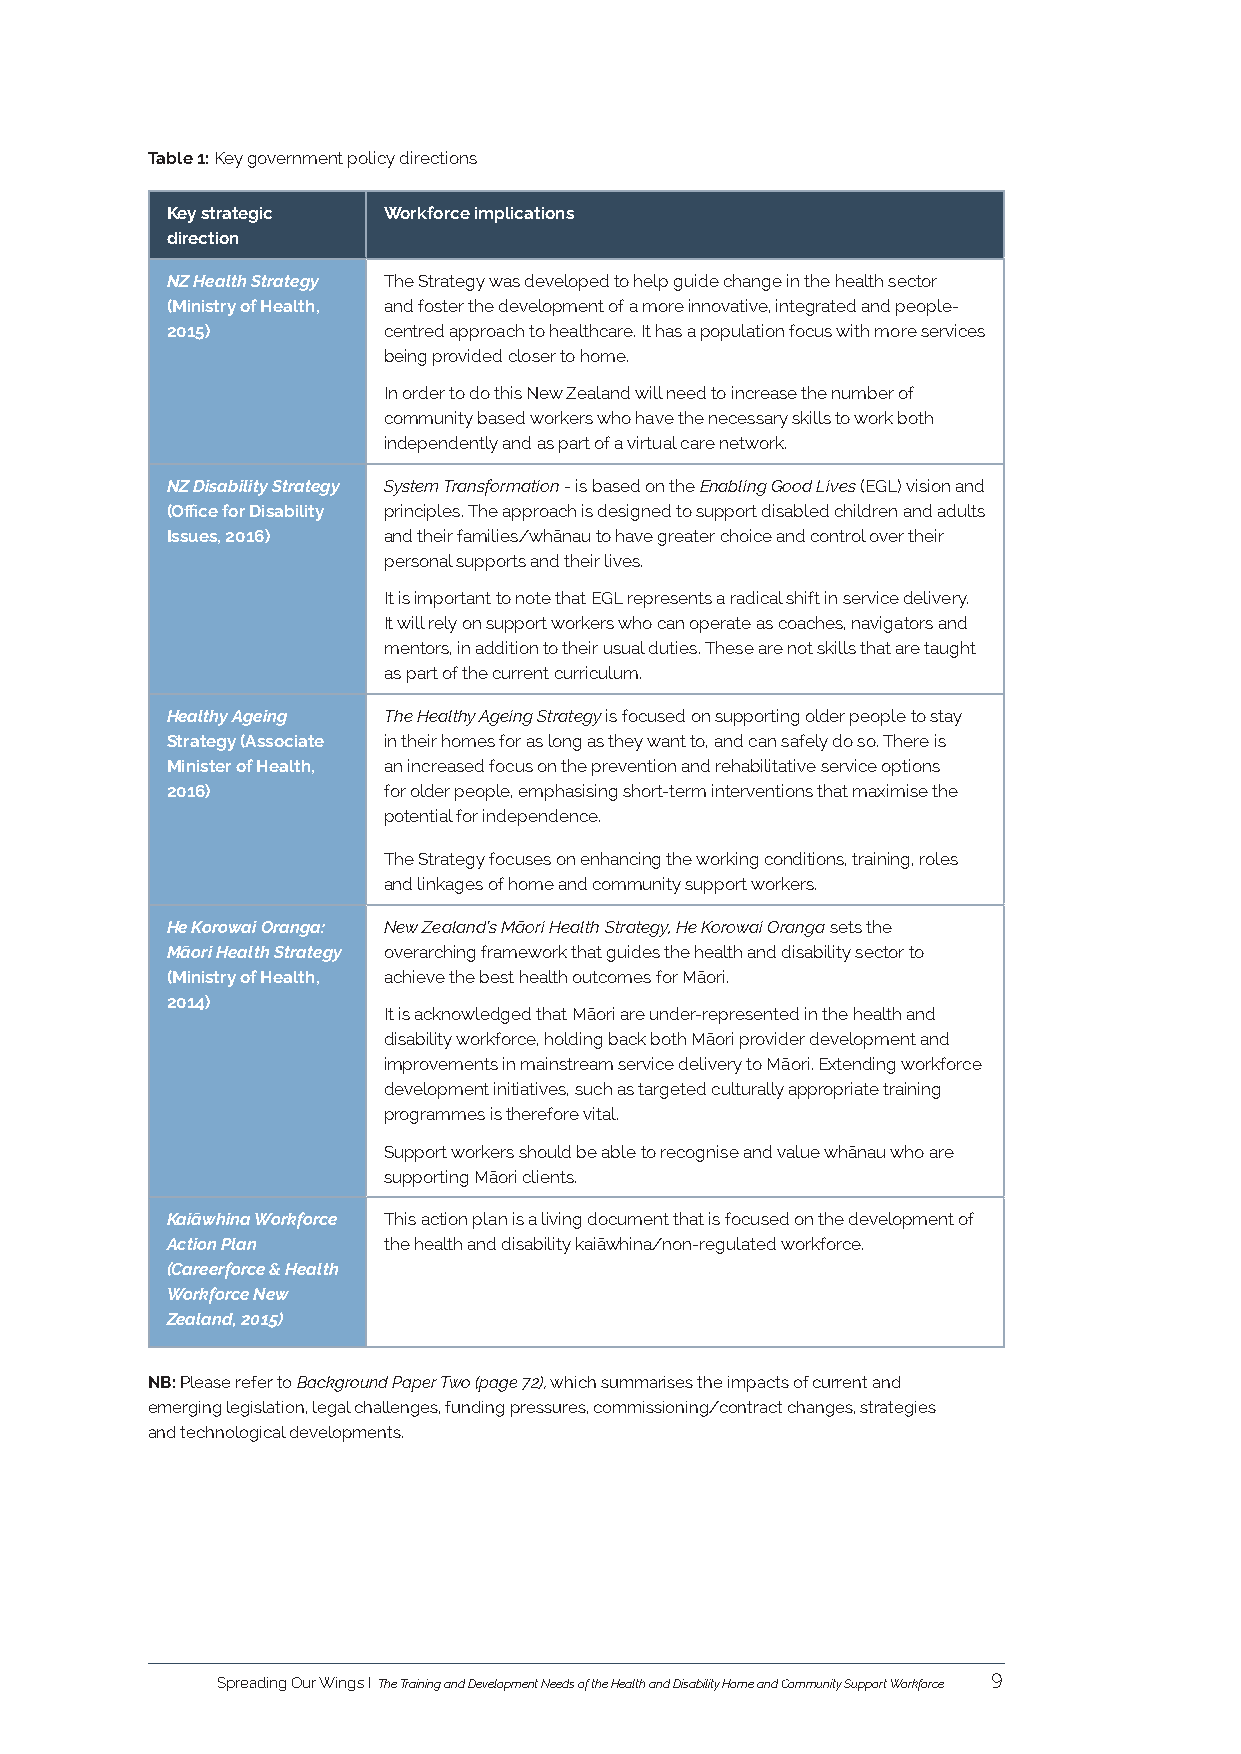
Table 1: Key government policy directions
 Key strategic Workforce implications
 direction
 NZ Health Strategy The Strategy was developed to help guide change in the health sector
 (Ministry of Health, and foster the development of a more innovative, integrated and people-
 2015)         centred approach to healthcare. It has a population focus with more services
 being provided closer to home.
 In order to do this New Zealand will need to increase the number of
 community based workers who have the necessary skills to work both
 independently and as part of a virtual care network.
 NZ Disability Strategy System Transformation - is based on the Enabling Good Lives (EGL) vision and
 (Office for Disability principles. The approach is designed to support disabled children and adults
 Issues, 2016) and their families/whānau to have greater choice and control over their
 personal supports and their lives.
 It is important to note that EGL represents a radical shift in service delivery.
 It will rely on support workers who can operate as coaches, navigators and
 mentors, in addition to their usual duties. These are not skills that are taught
 as part of the current curriculum.
 Healthy Ageing The Healthy Ageing Strategy is focused on supporting older people to stay
 Strategy (Associate in their homes for as long as they want to, and can safely do so. There is
 Minister of Health, an increased focus on the prevention and rehabilitative service options
 2016)         for older people, emphasising short-term interventions that maximise the
 potential for independence.
 The Strategy focuses on enhancing the working conditions, training, roles
 and linkages of home and community support workers.
 He Korowai Oranga: New Zealand’s Māori Health Strategy, He Korowai Oranga sets the
 Māori Health Strategy overarching framework that guides the health and disability sector to
 (Ministry of Health, achieve the best health outcomes for Māori.
 2014)
 It is acknowledged that Māori are under-represented in the health and
 disability workforce, holding back both Māori provider development and
 improvements in mainstream service delivery to Māori. Extending workforce
 development initiatives, such as targeted culturally appropriate training
 programmes is therefore vital.
 Support workers should be able to recognise and value whānau who are
 supporting Māori clients.
 Kaiāwhina Workforce This action plan is a living document that is focused on the development of
 Action Plan   the health and disability kaiāwhina/non-regulated workforce.
 (Careerforce & Health
 Workforce New
 Zealand, 2015)
 NB: Please refer to Background Paper Two (page 72), which summarises the impacts of current and
 emerging legislation, legal challenges, funding pressures, commissioning/contract changes, strategies
 and technological developments.
 Spreading Our Wings I The Training and Development Needs of the Health and Disability Home and Community Support Workforce 9